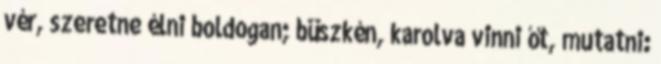
vér, szeretne élni boldogan; büszkén, karolva vinni őt, mutatni: